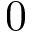
0